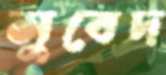
সুবেদ